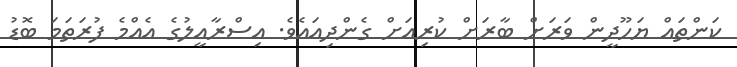
ކަންތައް ޔަހޫދީން ވަރަށް ބާރަށް ކުރިއަށް ގެންދިއައެވެ. އިސްރާއީލުގެ އެއްމެ ފުރަތަމަ ބޮޑު